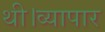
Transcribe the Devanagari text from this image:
थी।व्यापार